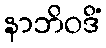
နာဘိဝဒိံ